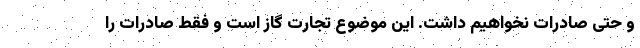
و حتی صادرات نخواهیم داشت. این موضوع تجارت گاز است و فقط صادرات را